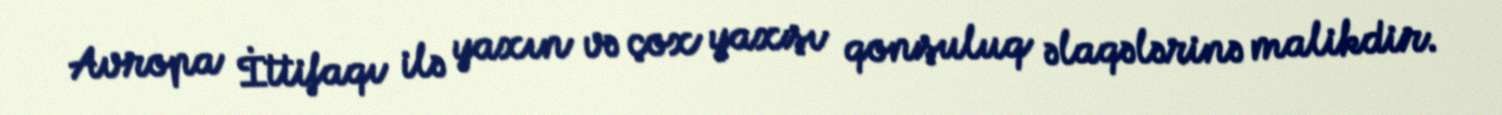
Avropa İttifaqı ilə yaxın və çox yaxşı qonşuluq əlaqələrinə malikdir.